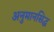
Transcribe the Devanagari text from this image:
अनुमानसिद्ध